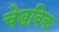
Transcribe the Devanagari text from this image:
चेडविक